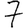
Digit: 7